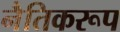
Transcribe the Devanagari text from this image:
नैतिकरूप